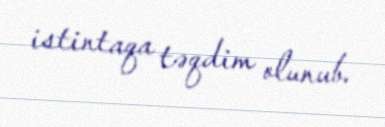
istintaqa təqdim olunub.